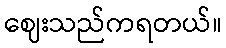
ဈေးသည်ကရတယ်။